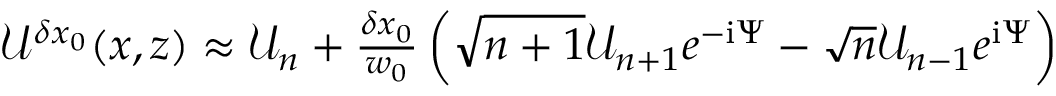
\begin{array} { r } { \mathcal { U } ^ { \delta x _ { 0 } } ( x , z ) \approx \mathcal { U } _ { n } + \frac { \delta x _ { 0 } } { w _ { 0 } } \left( \sqrt { n + 1 } \mathcal { U } _ { n + 1 } e ^ { - \mathrm { i } \Psi } - \sqrt { n } \mathcal { U } _ { n - 1 } e ^ { \mathrm { i } \Psi } \right) } \end{array}